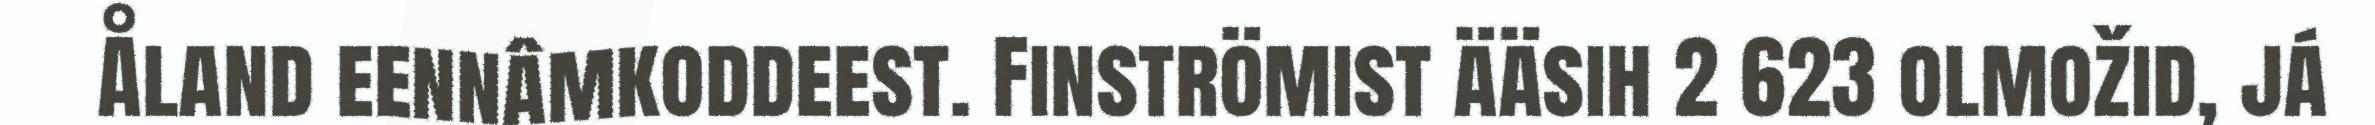
Åland eennâmkoddeest. Finströmist ääsih 2 623 olmožid, já